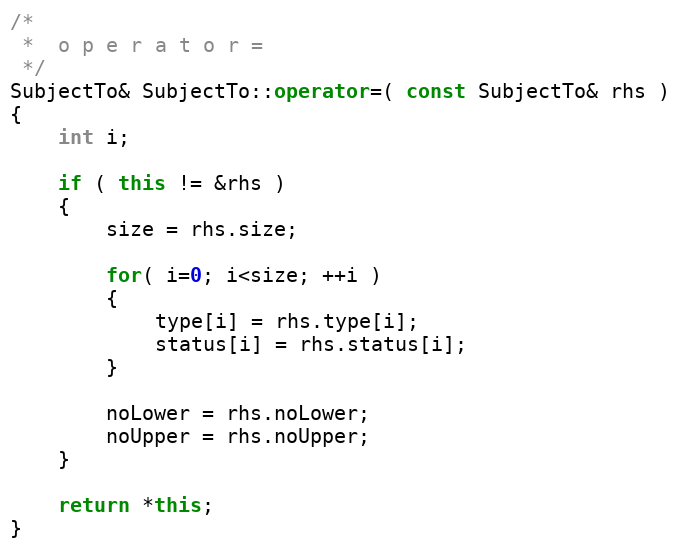
Language: C++
/*
 *	o p e r a t o r =
 */
SubjectTo& SubjectTo::operator=( const SubjectTo& rhs )
{
	int i;

	if ( this != &rhs )
	{
		size = rhs.size;

		for( i=0; i<size; ++i )
		{
			type[i] = rhs.type[i];
			status[i] = rhs.status[i];
		}

		noLower = rhs.noLower;
		noUpper = rhs.noUpper;
	}

	return *this;
}